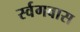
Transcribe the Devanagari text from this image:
र्स्वगवास